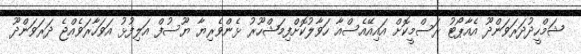
ޝަމްހީދުދަރަވަންދޫ އެއާޕޯޓު ރަސްމީކޮށް އައިއޭއެސްއާ ހަވާލުކޮށްފިމަޝްހޫރު ޅެންވެރިޔާ ޔޫސުފް އަލިފުޅު އަވަހާރަވެއްޖެ ދަރަވަންދޫ